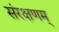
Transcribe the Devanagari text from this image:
संरक्षणम्‌